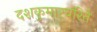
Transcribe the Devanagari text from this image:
दशकुमारचरिते